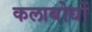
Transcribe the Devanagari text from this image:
कलाबोधों